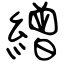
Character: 繒